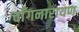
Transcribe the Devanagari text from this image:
चाँगनारायण